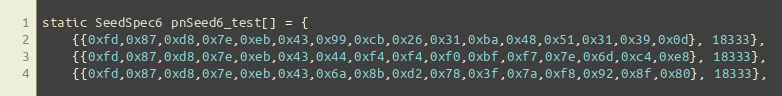
Language: C
static SeedSpec6 pnSeed6_test[] = {
    {{0xfd,0x87,0xd8,0x7e,0xeb,0x43,0x99,0xcb,0x26,0x31,0xba,0x48,0x51,0x31,0x39,0x0d}, 18333},
    {{0xfd,0x87,0xd8,0x7e,0xeb,0x43,0x44,0xf4,0xf4,0xf0,0xbf,0xf7,0x7e,0x6d,0xc4,0xe8}, 18333},
    {{0xfd,0x87,0xd8,0x7e,0xeb,0x43,0x6a,0x8b,0xd2,0x78,0x3f,0x7a,0xf8,0x92,0x8f,0x80}, 18333},